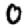
Digit: 0